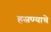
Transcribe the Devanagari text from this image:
हसण्याचे